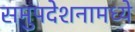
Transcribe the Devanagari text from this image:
समुपदेशनामध्ये